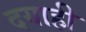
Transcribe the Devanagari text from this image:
दयाही